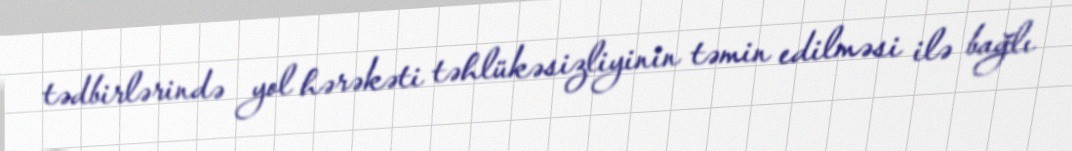
tədbirlərində yol hərəkəti təhlükəsizliyinin təmin edilməsi ilə bağlı